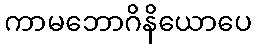
ကာမဘောဂိနိယောပေ